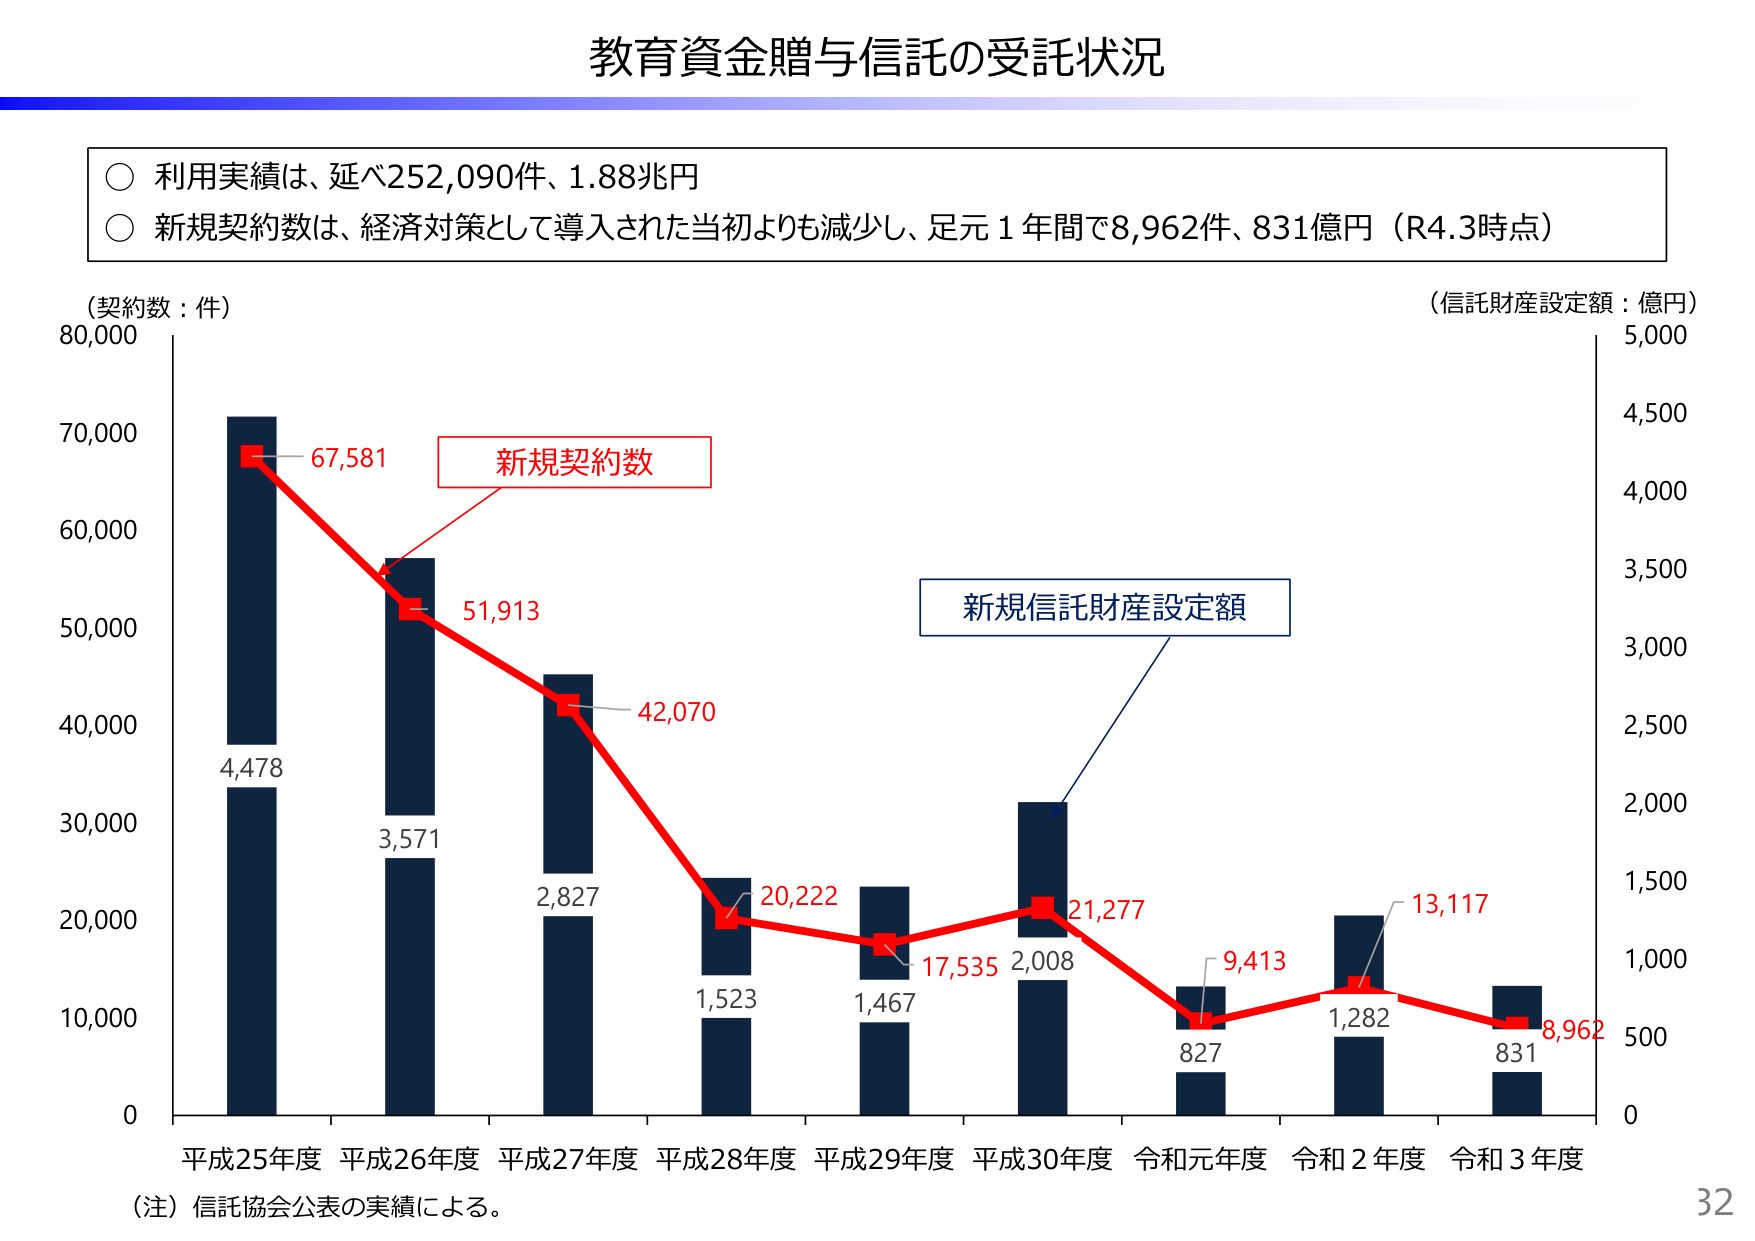
教育資金贈与信託の受託状況

○ 利用実績は、延べ252,090件、1.88兆円
○ 新規契約数は、経済対策として導入された当初よりも減少し、足元１年間で8,962件、831億円（R4.3時点）

（契約数：件）
80,000
70,000
60,000
50,000
40,000
30,000
20,000
10,000
0

（信託財産設定額：億円）
5,000
4,500
4,000
3,500
3,000
2,500
2,000
1,500
1,000
500
0

新規契約数
67,581
51,913
42,070
20,222
17,535
21,277
9,413
13,117
8,962

新規信託財産設定額
4,478
3,571
2,827
1,523
1,467
2,008
827
1,282
831

平成25年度 平成26年度 平成27年度 平成28年度 平成29年度 平成30年度 令和元年度 令和2年度 令和3年度

（注）信託協会公表の実績による。

32